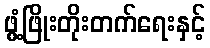
ဖွံ့ဖြိုးတိုးတက်ရေးနှင့်